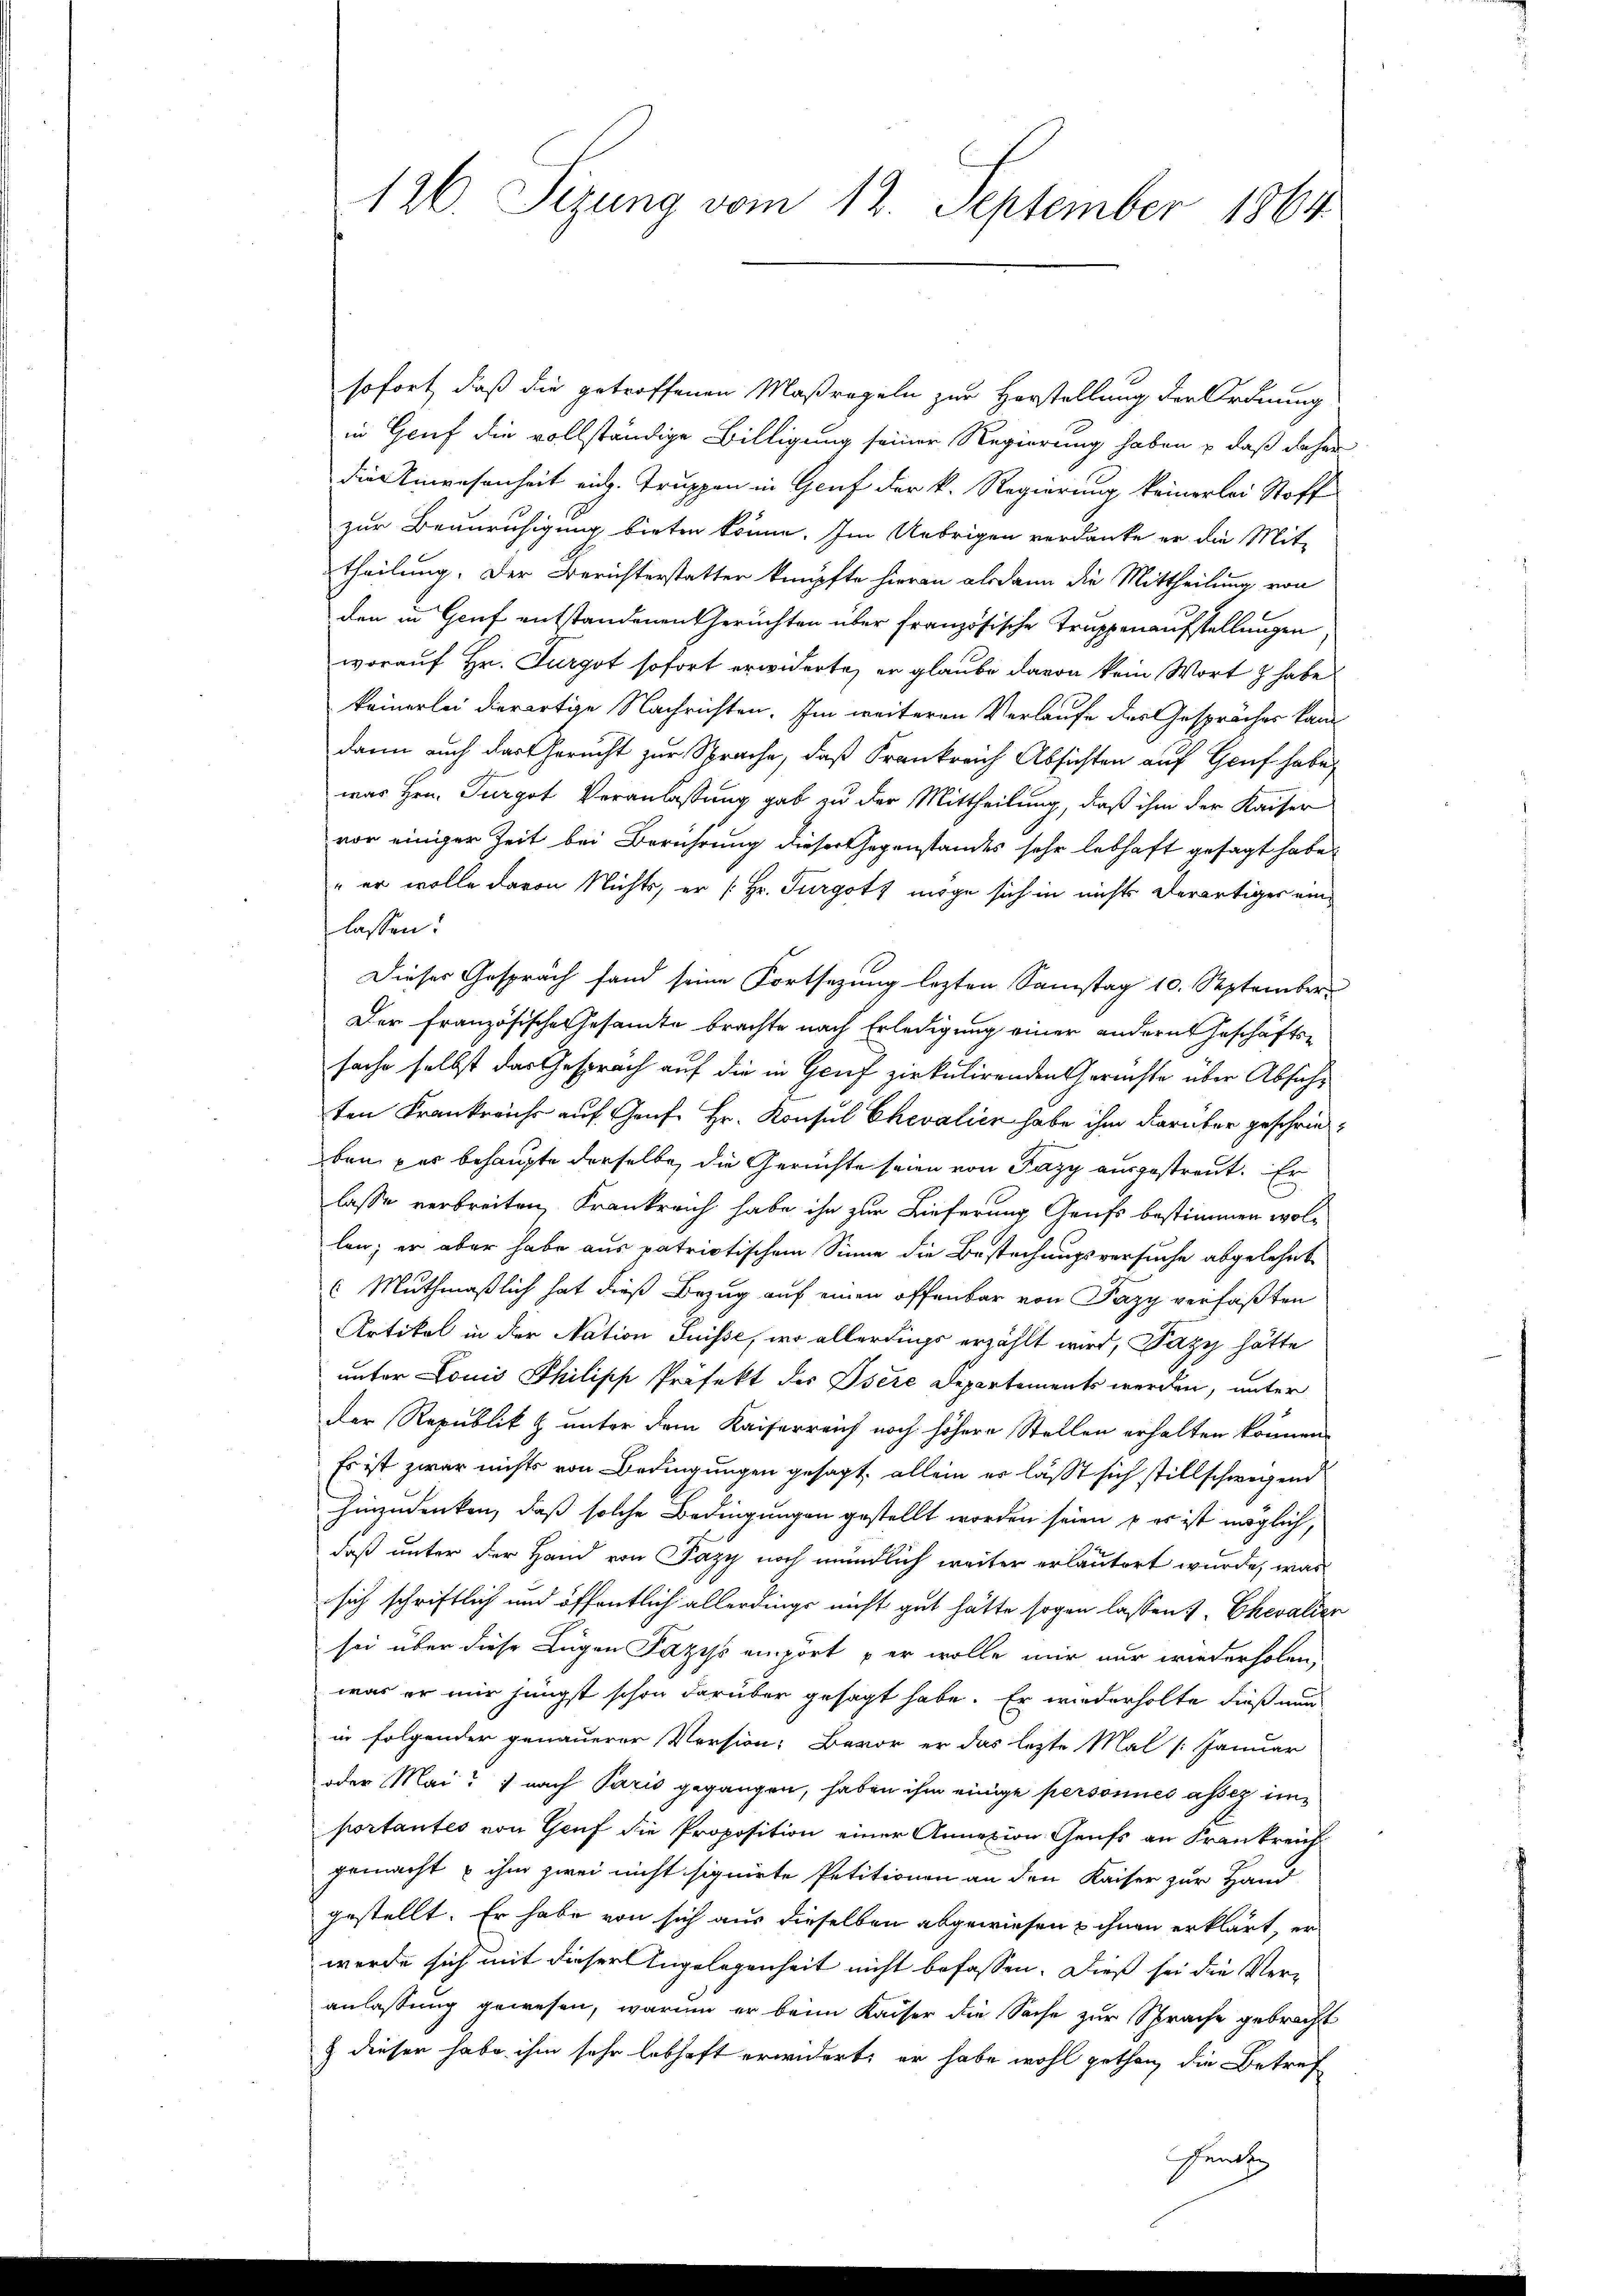
126. Sizung vom 12. September 1864.

sofort, daß die getroffenen Maßregeln zur Horstellung der Ordnung
in Gruf die vollständige Billigung seiner Regierung haben & daß daher
die Einwesenheit eid. Truppen in Genf der k. Regierung keinerlei Stoff
zur Beunruhigung bieten könne. Im Uebrigen verdanke er die Mit-
theilung. Der Berichterstatter knüpfte hieran alsdann die Mittheilung von
den in Genf entstandenen Gerüchten über französische Truppenaufstellungen
worauf Hr. Furgot sofort erwiderte, er glaube davon kein Wort z habe
keinerlei derartige Nachrichten. Im weiteren Verlaufe des Gesprächer kam
dann auch das Gericht zur Sprache, daß Frankreich Absichten auf Genf habe,
was Hrn. Turgot Veranlassung gab zu der Mittheilung, daß ihm der Kaiser
vor einiger Zeit bei Berührung dieser Gegenstandes sehr lebhaft gesagt habe.
" er wolle davon Nichts, er [Hr. Turgott möge sich in nichts derartiges eine
lassen:
Dieser Gespräch fand seine Fortsezung lezten Samstag 10. September
Der französische Gesamte brachte nach Erledigung einer andern Geschäfts-
sache selbst das Gesprach auf die in Gruf zirkulirenden Gerichte über Absichten Krankreichs auf Genf Hr. Konsul Chevalien habe ihm darüber geschrieben per behaupte derselbe, die Gerichte seien von Fazy ausgestreut. Er
lasse verbreiten, Frankreich habe ihn zur Lieferung Grufs bestimmen wollen; er aber habe aus patriotischem Sinne die Bestechungsversuche abgelehnt
( Muthmaßlich hat dieß Bezug auf einen offenbar von Pazy verfaßten
Artikel in der Nation Suisse, wo allerdings erzählt wird, Pazy hätte
unter Louis Philipp Präfekt des Osere Departements werden, unter
der Republik & unter dem Kaiserreich noch höhere Stellen erhalten können,
Es ist zwar nichts von Bedingungen gesagt, allein er lässt sich stillschweigend
hinzudenken, daß solche Bedingungen gestellt worden seien, – es ist möglich,
daß unter der Hand von Fazy noch mündlich weiter erläutert wurde, was
sich schriftlich und öffentlich allerdings nicht gut hätte sogen lassen u. Chevalien
sei über diese Lügen Faziss einzört er wolle mir nur wiederholen,
was er mir jüngst schon darüber gesagt habe. Er wiederholte dieß nun
in folgender genauerer Version: Bevor er das lezte Mal /: Januar
oder Mai nach Paris gegangen, haben ihm einige personnes asser importantes von Genf die Proposition einer Annexion Genfs an Krankreich
gemacht u ihm zwei nicht signirte Petitionen an den Kaiser zur Hand
gestellt. Er habe von sich aus dieselben abgewiesen & ihnen erklärt, er
werde sich mit dieser Angelegenheit nicht befassen. Dieß sei die Veranlassung gewesen, warum er beim Kaiser die Sache zur Sprache gebracht
& diesen habe ihm sehr lebhaft erwidert, er habe wohl gethan, die Betref
Senti